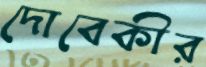
দোবেকীর